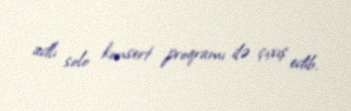
adlı solo konsert proqramı ilə çıxış edib.